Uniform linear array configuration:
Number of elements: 12
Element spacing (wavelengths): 0.25
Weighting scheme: kaiser
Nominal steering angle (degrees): -45
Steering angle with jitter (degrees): -44.584
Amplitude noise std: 0.05
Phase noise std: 0.05

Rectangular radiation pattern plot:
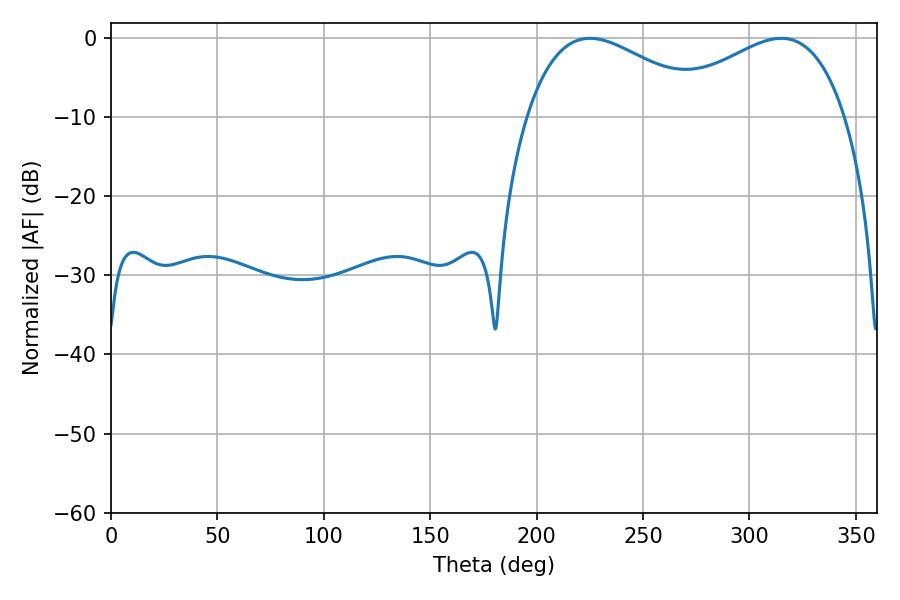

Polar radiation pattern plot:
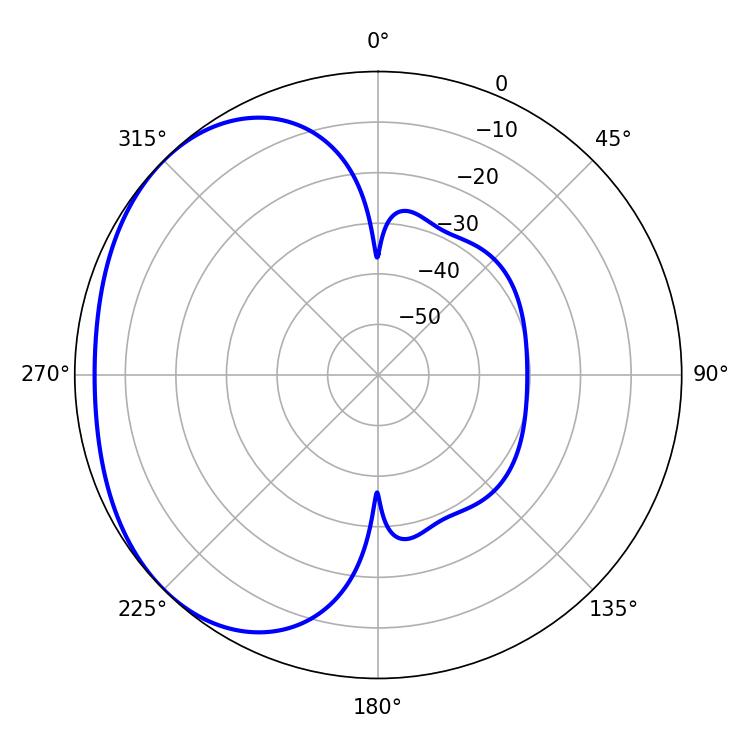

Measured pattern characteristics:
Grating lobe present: FALSE
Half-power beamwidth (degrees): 47.34
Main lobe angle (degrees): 225